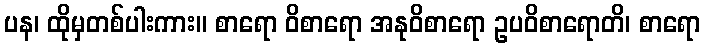
ပန၊ ထိုမှတစ်ပါးကား။ စာရော ဝိစာရော အနုဝိစာရော ဥပဝိစာရောတိ၊ စာရော